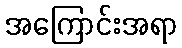
အကြောင်းအရာ